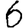
Digit: 6